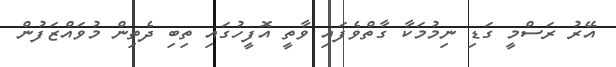
އޭރު ރަސްމީ ގަޑި ނިމުމަކާ ގާތްވެފައި ވާތީ އޮފީހުގައި ތިބި ދެތިން މުވައްޒަފުން